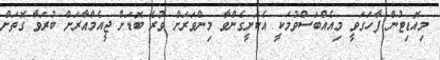
މިއޮޑިޓުން ފާހަގަވީ މިއެއްބަސްވުމަކީ އެކަށީގެންވާ މިންވަރަށް ވުރެ ބޮޑަށް ޖީއެމްއާރަށް ބުރަވާ ގޮތަށް